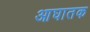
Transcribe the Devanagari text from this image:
आघातक